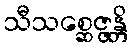
သီသစ္ဆေဇ္ဇန္တိ